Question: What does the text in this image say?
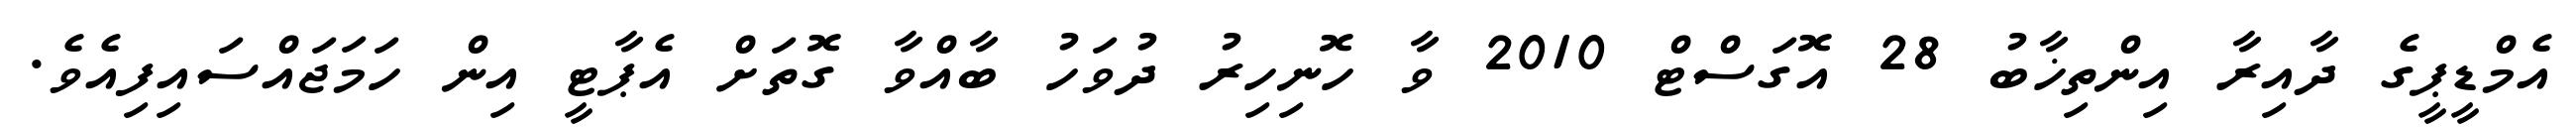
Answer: އެމްޑީޕީގެ ދާއިރާ އިންތިޚާބު 28 އޮގަސްޓް 2010 ވާ ހޮނިހިރު ދުވަހު ބާއްވާ ގޮތަށް އެޕާޓީ އިން ހަމަޖައްސައިފިއެވެ.